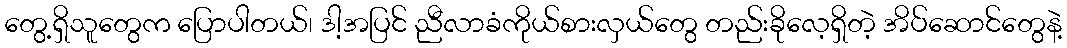
တွေ့ရှိသူတွေက ပြောပါတယ်၊ ဒါ့အပြင် ညီလာခံကိုယ်စားလှယ်တွေ တည်းခိုလေ့ရှိတဲ့ အိပ်ဆောင်တွေနဲ့